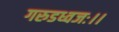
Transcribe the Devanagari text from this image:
गरुडध्वजः।।